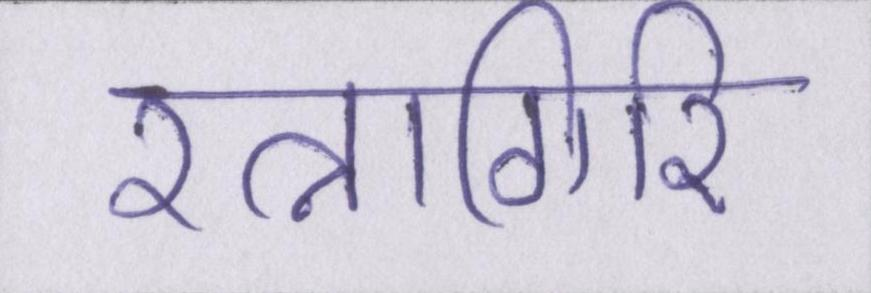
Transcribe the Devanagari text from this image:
रत्नागिरि